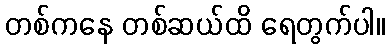
တစ်ကနေ တစ်ဆယ်ထိ ရေတွက်ပါ။